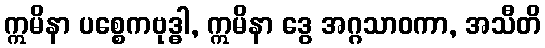
ဣမိနာ ပစ္စေကဗုဒ္ဓါ, ဣမိနာ ဒွေ အဂ္ဂသာဝကာ, အသီတိ